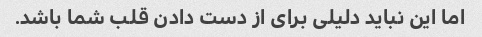
اما این نباید دلیلی برای از دست دادن قلب شما باشد.